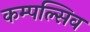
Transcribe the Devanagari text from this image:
कम्पल्सिव